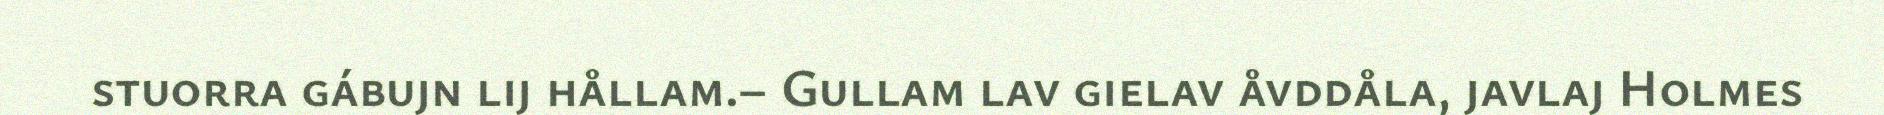
stuorra gábujn lij hållam.– Gullam lav gielav åvddåla, javlaj Holmes